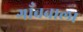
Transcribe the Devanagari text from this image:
गाँववाला